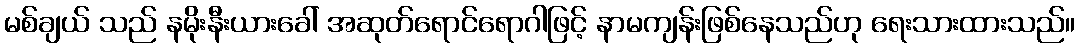
မစ်ချယ် သည် နမိုးနီးယားခေါ် အဆုတ်ရောင်ရောဂါဖြင့် နာမကျန်းဖြစ်နေသည်ဟု ရေးသားထားသည်။